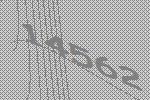
14562